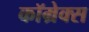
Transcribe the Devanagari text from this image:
कॉम्रेक्स